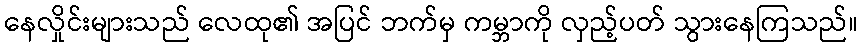
နေလှိုင်းများသည် လေထု၏ အပြင် ဘက်မှ ကမ္ဘာကို လှည့်ပတ် သွားနေကြသည်။